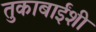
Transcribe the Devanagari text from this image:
तुकाबाईंशी